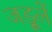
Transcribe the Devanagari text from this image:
जड़ूलें